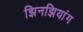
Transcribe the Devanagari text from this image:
झिनझियांग